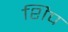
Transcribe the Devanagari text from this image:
शिप